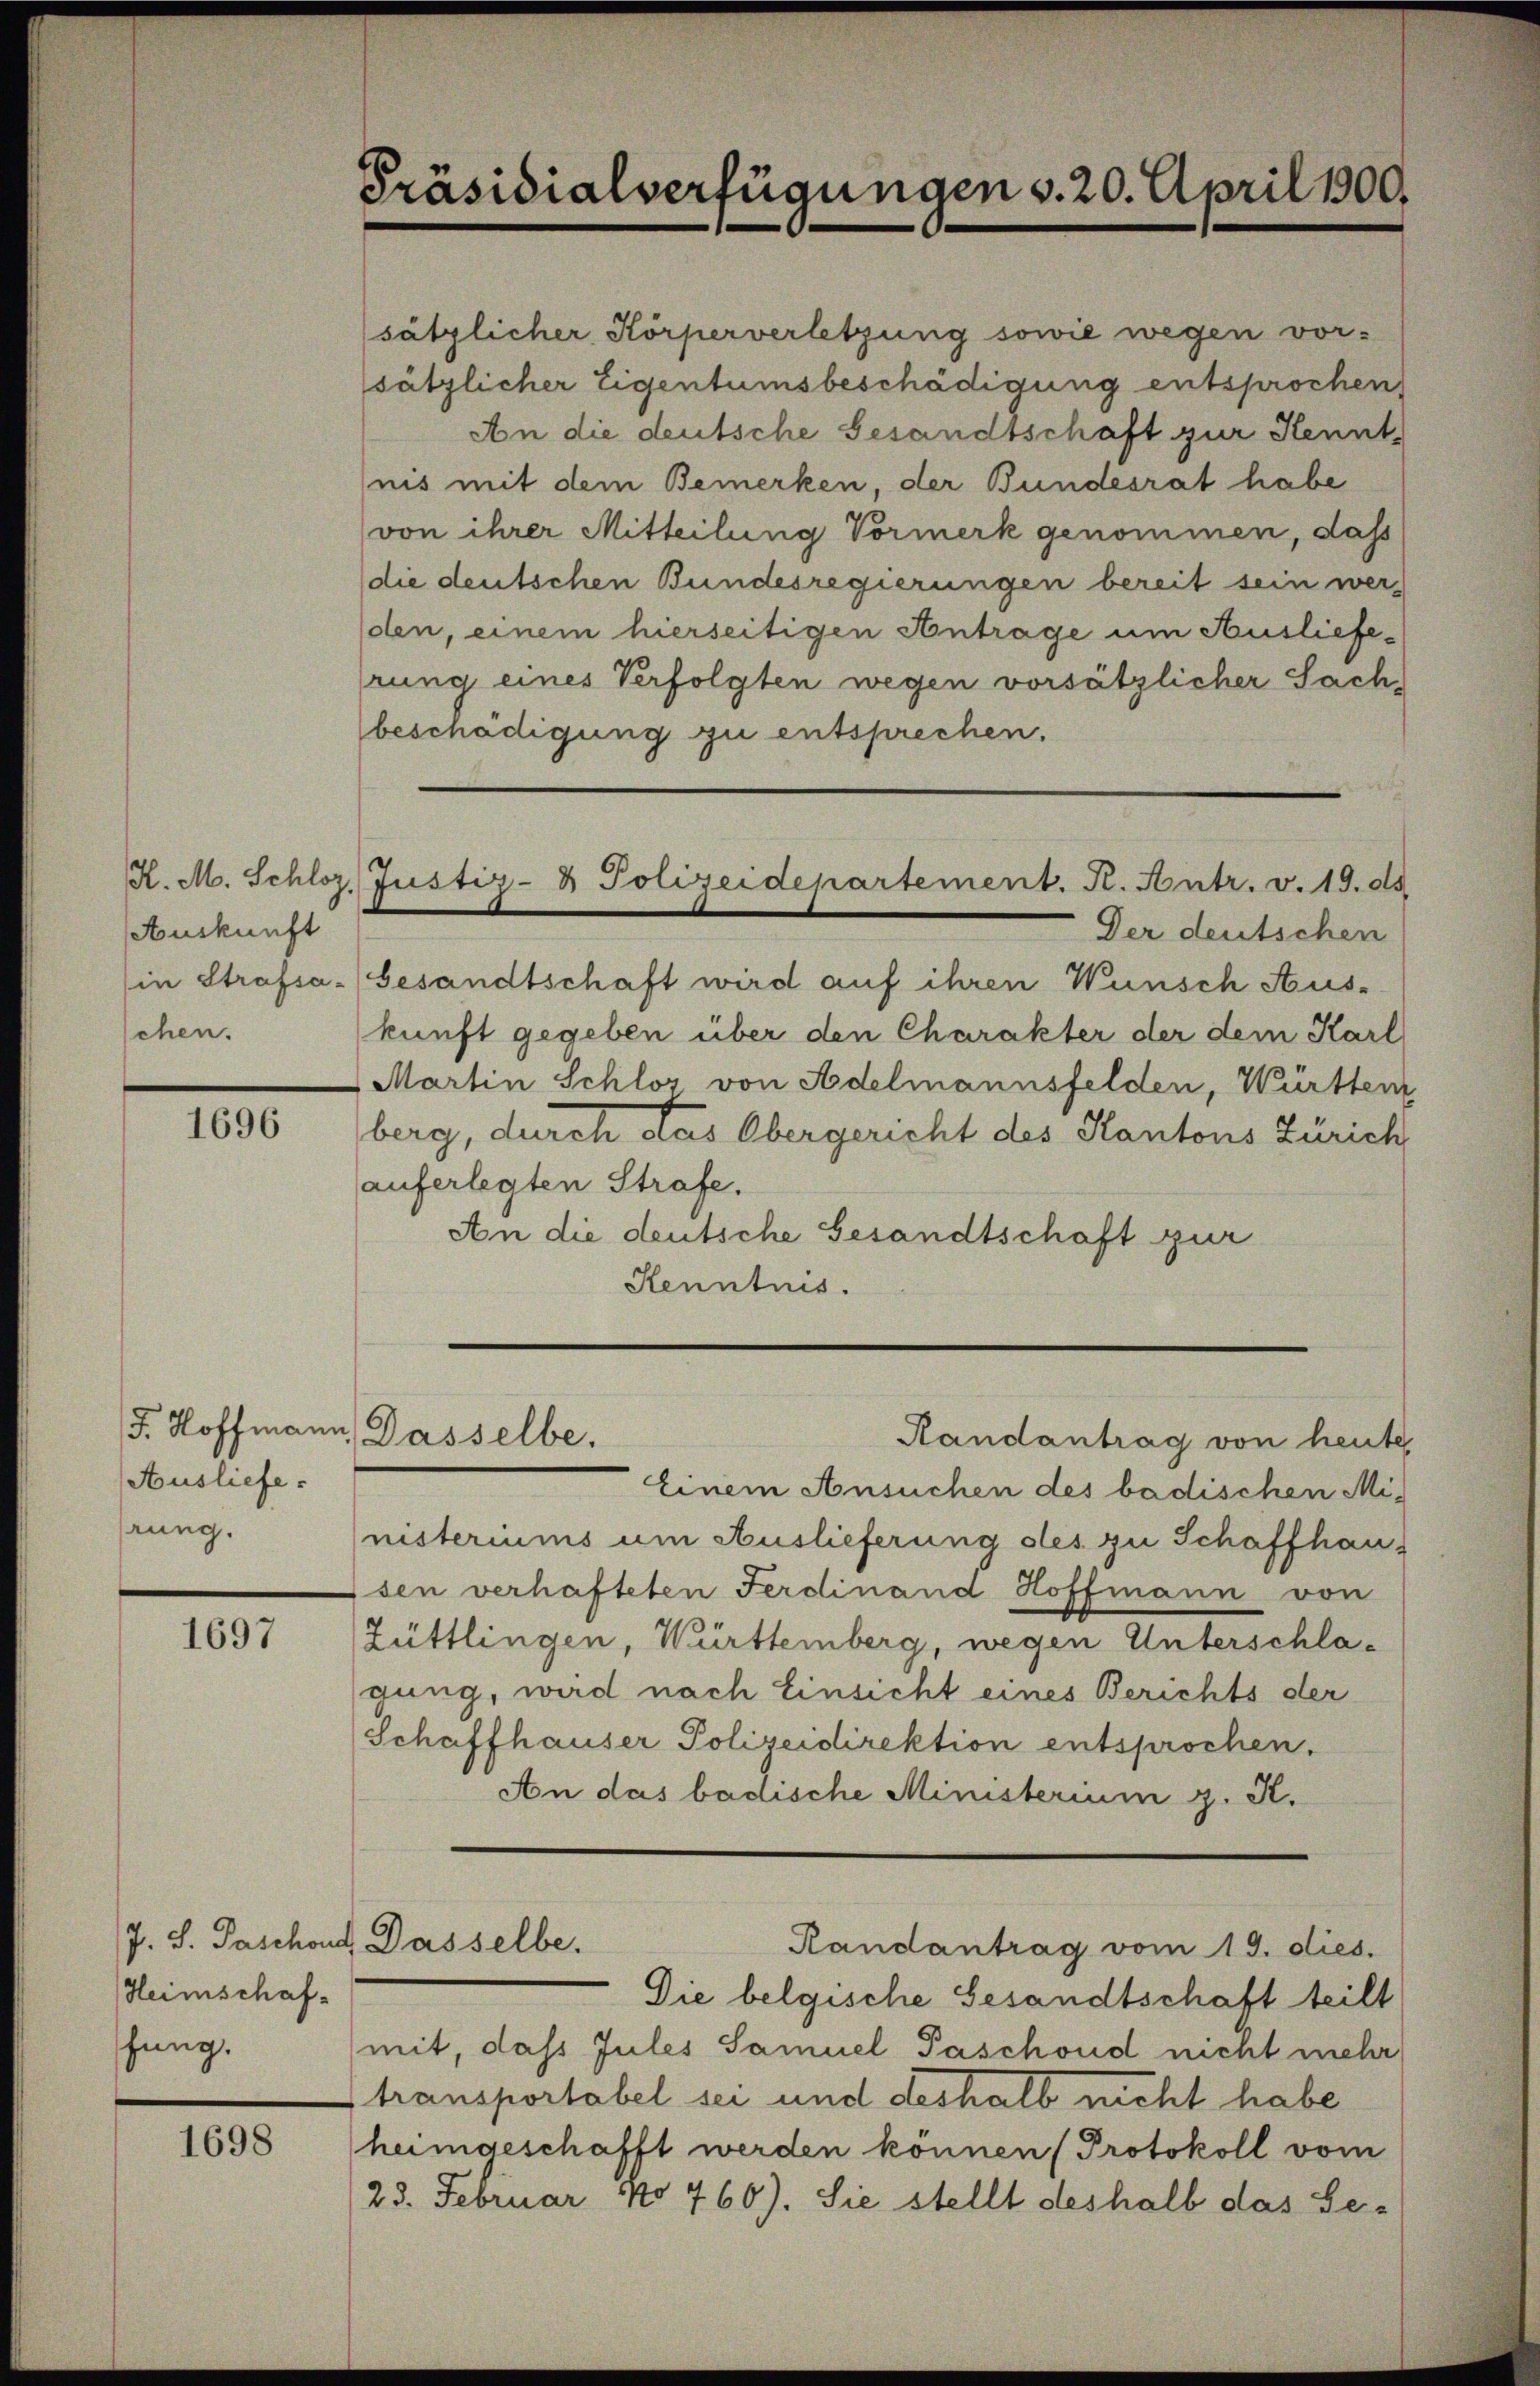
Auskunft
chen.

1696

Ausliefe.
rung.

1697

Heimschafhung.

1698

Präsidialverfügungen v. 20. April 1800.

5. Hoffmann, Dasselbe.

sätzlicher Körperverletzung sowie wegen vor-
sätzlicher Eigentumsbeschädigung entsprochen
An die deutsche Gesandtschaft zur Kenntnis mit dem Bemerken, der Bundesrat habe
von ihrer Mitteilung Vormerk genommen, dass
die deutschen Bundesregierungen bereit sein werden, einem hierseitigen Antrage um Auslieferung eines Verfolgten wegen vorsätzlicher Sach,
beschädigung zu entsprechen.
H. M. Schloz. Justiz- & Polizeidepartement. K. Antr. v. 19. ds.
Der deutschen
in Strafsa- (Gesandtschaft wird auf ihren Wünsch Aus-
kunft gegeben über den Charakter der dem Karl
Martin Schlos von Adelmannsfelden, Württem
berg, durch das Obergericht des Kantons Zürich
auferlegten Strafe.
An die deutsche Gesandtschaft zur
Kenntnis.

Einem Ansuchen des badischen Mi-
nisteriums um Auslieferung des zu Schaffhausen verhafteten Ferdinand Hoffmann von
Züttlingen, Württemberg, wegen Unterschlagung, wird nach Einsicht eines Berichts der
Schaffhauser Polizeidirektion entsprochen.
An das badische Ministerium z. R.
J. S. Paschont. Dasselbe.
Randantrag vom 19. dies.
Die belgische Gesandtschaft teilt
mit, das Jules Samuel Paschond nicht mehr
transportabel sei und deshalb nicht habe
heimgeschafft werden können Protokoll vom
23. Februar No 760). Sie stellt deshalb das Se¬

Randantrag von heute